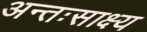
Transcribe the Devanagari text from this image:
अन्तःसाक्ष्य